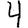
Digit: 4